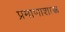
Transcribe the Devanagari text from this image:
प्रमाणाशास्त्र